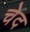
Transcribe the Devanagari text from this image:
चेद